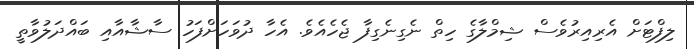
ލިފްޓަށް އެރިއިރުވެސް ޝިމްލާގެ ހިތް ނެގިނެގިފާ ޖެހެއެވެ. އެހާ ދުވަހަށްފަހު ސާޝާއާއި ބައްދަލުވާތީ